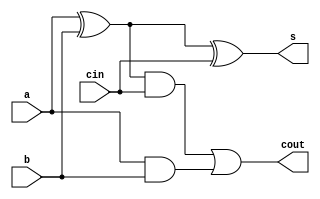
//FA FullAdder(A[i], B[i] ^ c[0], c[i], S[i], c[i+1]);
module FA(a, b, cin, s, cout);
	input a;
	input b;
	input cin;
	output cout;
	output s;
	
	
	// TODO: Set X, Y, and Co appropriately
	//what's xxorleft would have to be 0.
	assign s  = (a ^ b) ^ cin;
	
	//if not 10 or 00, x has to be 0 because of absolute avlue operation.
	assign cout = ((a ^ b) & cin) | (a & b);

endmodule